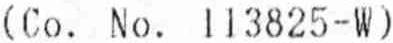
(CO. NO. 113825-W)